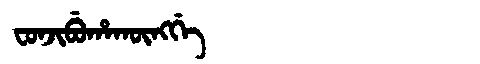
Manchu: ᠸᠣᠨᠵᡳᠪᡠᡥᠠᡴᡡᠩᡤᡝ
Romanization: FONJIBUHAKŪNGGE